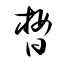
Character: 晳